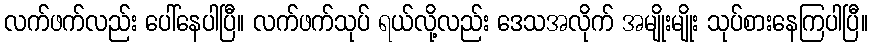
လက်ဖက်လည်း ပေါ်နေပါပြီ။ လက်ဖက်သုပ် ရယ်လို့လည်း ဒေသအလိုက် အမျိုးမျိုး သုပ်စားနေကြပါပြီ။